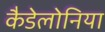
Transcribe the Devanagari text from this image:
कैडेलोनिया